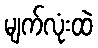
မျက်လုံးထဲ